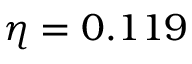
\eta = 0 . 1 1 9